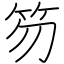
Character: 笏